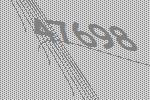
47698